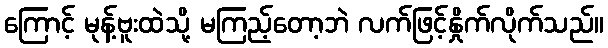
ကြောင့် မုန့်ဗူးထဲသို့ မကြည့်တော့ဘဲ လက်ဖြင့်နှိုက်လိုက်သည်။